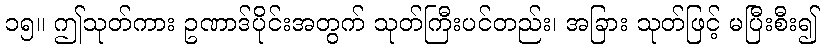
၁၅။ ဤသုတ်ကား ဥဏာဒ်ပိုင်းအတွက် သုတ်ကြီးပင်တည်း၊ အခြား သုတ်ဖြင့် မပြီးစီး၍